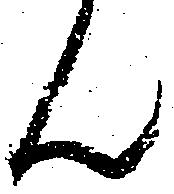
ん